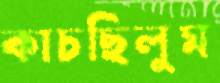
কাচছিলুম